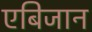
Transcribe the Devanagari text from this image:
एबिजान